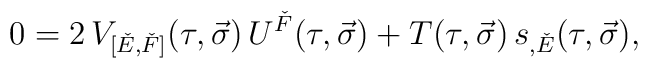
0 = 2\, V_{[\check{E},\check{F}]}(\tau,\vec{\sigma})\,U^{\check{F}}(\tau,\vec{\sigma}) + T(\tau,\vec{\sigma})\,s_{,\check{E}}(\tau,\vec{\sigma}),